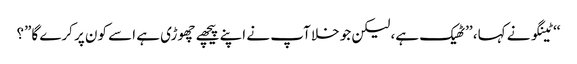
‘‘ ٹینگو نے کہا، ’’ٹھیک ہے، لیکن جو خلا آپ نے اپنے پیچھے چھوڑی ہے اسے کون پر کرے گا”؟